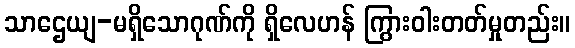
သာဌေယျ-မရှိသောဂုဏ်ကို ရှိလေဟန် ကြွားဝါးတတ်မှုတည်း။